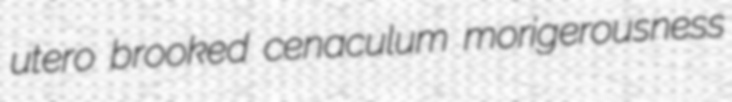
utero brooked cenaculum morigerousness